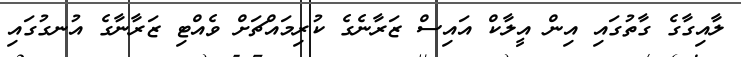
ލާއިގާގެ ގާތުގައި އިން އީލާކް އައިސް ޒަރާނެގެ ކުރިމައްޗަށް ވެއްޓި ޒަރާނާގެ އުނގުގައި